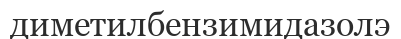
диметилбензимидазолэ